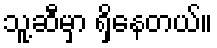
သူ့ဆီမှာ ရှိနေတယ်။